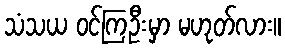
သံသယ ဝင်ကြဦးမှာ မဟုတ်လား။